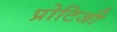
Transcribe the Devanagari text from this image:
प्रोटिजी